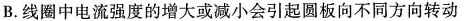
B.线圈中电流强度的增大或减小会引起圆板向不同方向转动